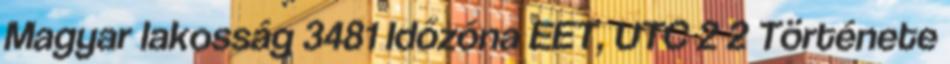
Magyar lakosság 3481 Időzóna EET, UTC 2 2 Története